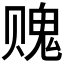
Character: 𰷨